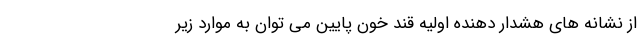
از نشانه های هشدار دهنده اولیه قند خون پایین می توان به موارد زیر